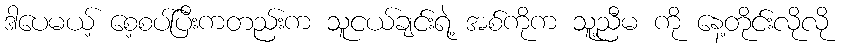
ဒါပေမယ့် စေ့စပ်ပြီးကတည်းက သူငယ်ချင်းရဲ့ အစ်ကိုက သူ့ညီမ ကို နေ့တိုင်းလိုလို